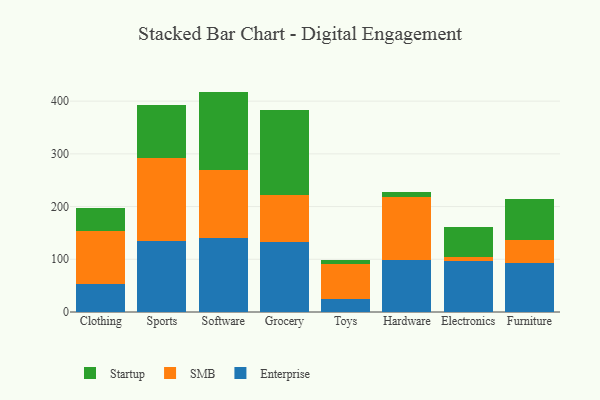
{"axis": {"x": "Category", "y": "Bounce Rate (%)"}, "legend": ["Enterprise", "SMB", "Startup"], "data": [{"x": "Clothing", "y": 52.2, "type": "Enterprise"}, {"x": "Clothing", "y": 101.3, "type": "SMB"}, {"x": "Clothing", "y": 43.9, "type": "Startup"}, {"x": "Sports", "y": 134.4, "type": "Enterprise"}, {"x": "Sports", "y": 156.8, "type": "SMB"}, {"x": "Sports", "y": 101.3, "type": "Startup"}, {"x": "Software", "y": 140.5, "type": "Enterprise"}, {"x": "Software", "y": 129.7, "type": "SMB"}, {"x": "Software", "y": 147.9, "type": "Startup"}, {"x": "Grocery", "y": 132.9, "type": "Enterprise"}, {"x": "Grocery", "y": 90.0, "type": "SMB"}, {"x": "Grocery", "y": 161.1, "type": "Startup"}, {"x": "Toys", "y": 25.4, "type": "Enterprise"}, {"x": "Toys", "y": 65.0, "type": "SMB"}, {"x": "Toys", "y": 7.8, "type": "Startup"}, {"x": "Hardware", "y": 98.0, "type": "Enterprise"}, {"x": "Hardware", "y": 120.2, "type": "SMB"}, {"x": "Hardware", "y": 9.5, "type": "Startup"}, {"x": "Electronics", "y": 96.2, "type": "Enterprise"}, {"x": "Electronics", "y": 8.8, "type": "SMB"}, {"x": "Electronics", "y": 56.6, "type": "Startup"}, {"x": "Furniture", "y": 92.2, "type": "Enterprise"}, {"x": "Furniture", "y": 44.7, "type": "SMB"}, {"x": "Furniture", "y": 76.6, "type": "Startup"}]}